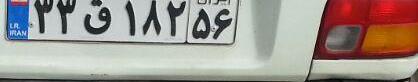
۳۳ق۱۸۲۵۶